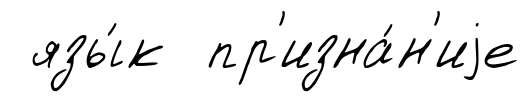
язы́к пр'изна́н'иjе